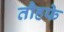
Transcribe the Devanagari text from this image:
तौहफे